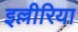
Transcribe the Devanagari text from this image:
इल्लीरिया